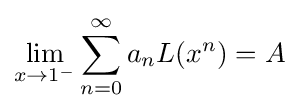
\lim _{x\to 1^{-}}\sum _{n=0}^{\infty }a_{n}L(x^{n})=A